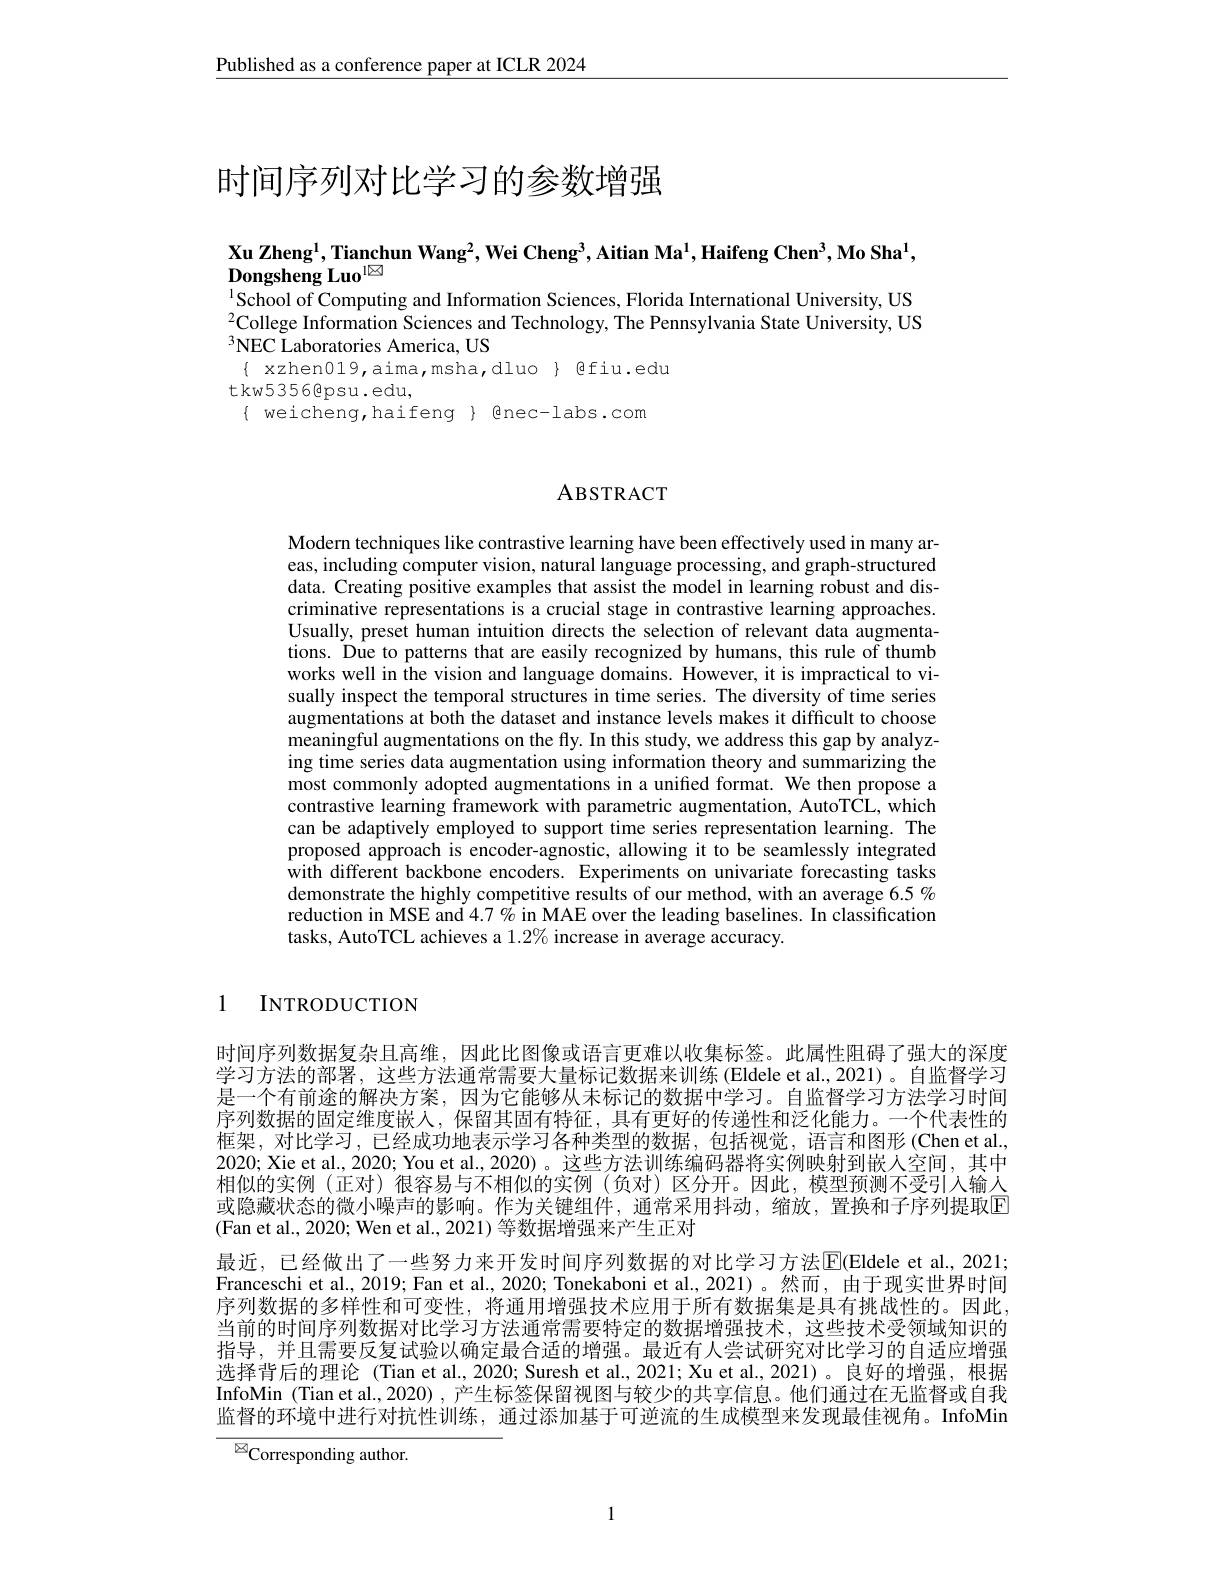
$\underline{\text{Published as a conference paper at ICLR 2024}}$

# 时间序列对比学习的参数增强

Xu Zheng$^1$,Tianchun Wang$^2$,Wei Cheng$^3$,Aitian Ma$^1,\textbf{Haifeng Chen}^3,\textbf{Mo Sha}^1$,

Dongsheng Luo$^{1\boxtimes}$
$^{1}$School of Computing and Information Sciences, Florida International University, US $^{2}$College Information Sciences and Technology, The Pennsylvania State University, US $^{3}$NEC Laboratories America, US
$\{$ xzhen019,aima,msha,dluo}{@fiu.edu
t kw5 35 6 epsu . edu,
$\{$weicheng,haifeng$\}$Enec-labs.com

## ABSTRACT

Modern techniques like contrastive learning have been effectively used in many areas, including computer vision, natural language processing, and graph-structured data. Creating positive examples that assist the model in learning robust and discriminative representations is a crucial stage in contrastive learning approaches. Usually, preset human intuition directs the selection of relevant data augmentations. Dûe to patterns that are easily recognized by humans, this rule of thumb works well in the vision and language domains. However, it is impractical to visually inspect the temporal structures in time series. The diversity of time series augmentations at both the dataset and instance levels makes it difficult to choose meaningful augmentations on the fly. In this study, we address this gap by analyzing time series data augmentation using information theory and summarizing the most commonly adopted augmentations in a unified format. We then propose a contrastive learning framework with parametric augmentation, AutoTCL, which can be adaptively employed to support time series representation learning. The proposed approach is encoder-agnostic, allowing it to be seamlessly integrated with different backbone encoders. Experiments on univariate forecasting tasks demonstrate the highly competitive results of our method, with an average 6.5% reduction in MSE and $4.7\%$ in MAE over the leading baselines. In classification tasks, AutoTCL achieves a $1.2\%$ increase in average accuracy.

1 INTRODUCTION

时间序列数据复杂且高维，因此比图像或语言更难以收集标签。此属性阻碍了强大的深度学习方法的部署，这些方法通常需要大量标记数据来训练(Eldele et al.,2021)。自监督学习是一个有前途的解决方案，因为它能够从未标记的数据中学习。自监督学习方法学习时间序列数据的固定维度嵌人，保留其固有特征，具有更好的传递性和泛化能力。一个代表性的框架，对比学习，已经成功地表示学习各种类型的数据，包括视觉，语言和图形(Chen et al. 2020; Xie et al., 2020; You et al., 2020)。这些方法训练编码器将实例映射到嵌人空间，其中相似的实例(正对)很容易与不相似的实例(负对)区分开。因此，模型预测不受引入输人或隐藏状态的微小噪声的影响。作为关键组件，通常采用抖动，缩放，置换和子序列提取$\overline{\mathrm{E}}$ (Fan et al., 2020; Wen et al., 2021) 等数据增强来产生正对
最近，已经做出了一些努力来开发时间序列数据的对比学习方法$\boxed{\mathrm{E}}($Eldele et al.,2021; Franceschi et al., 2019; Fan et al., 2020; Tonekaboni et al., 2021)。然而，由于现实世界时间序列数据的多样性和可变性，将通用增强技术应用于所有数据集是具有挑战性的。因此当前的时间序列数据对比学习方法通常需要特定的数据增强技术，这些技术受领域知识的指导，并且需要反复试验以确定最合适的增强。最近有人尝试研究对比学习的自适应增强选择背后的理论 (Tian et al., 2020; Suresh et al., 2021; Xu et al., 2021)。良好的增强，根据InfoMin (Tian et al., 2020) , 产生标签保留视图与较少的共享信息。他们通过在无监督或自我监督的环境中进行对抗性训练，通过添加基于可逆流的生成模型来发现最佳视角。InfoMin

${\overline{{^{\boxtimes}}}}$Corresponding author.

1